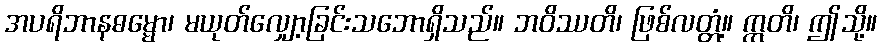
အပရိဘာနဓမ္မော၊ မယုတ်လျှော့ခြင်းသဘောရှိသည်။ ဘဝိဿတိ၊ ဖြစ်လတ္တံ့။ ဣတိ၊ ဤသို့။